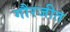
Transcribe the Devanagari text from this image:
गौरजीत